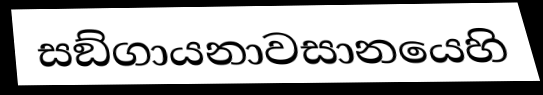
සඞ්ගායනාවසානයෙහි